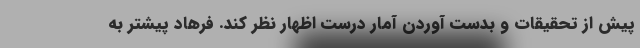
پیش از تحقیقات و بدست آوردن آمار درست اظهار نظر کند. فرهاد پیشتر به